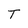
Character: T